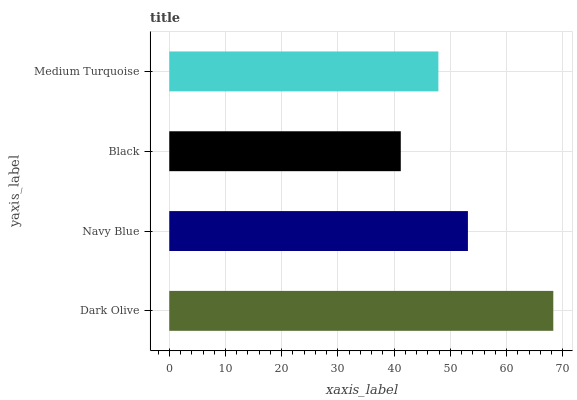
| yaxis_label | bars |
 | --- | --- |
 | Dark Olive | 68.3 |
 | Navy Blue | 53.1 |
 | Black | 41.2 |
 | Medium Turquoise | 47.9 |